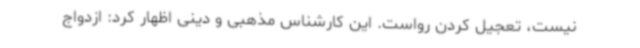
نیست، تعجیل کردن رواست. این کارشناس مذهبی و دینی اظهار کرد: ازدواج